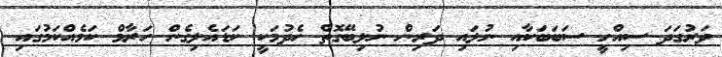
ވަރުގަދަ ސިއްހީ ސަބަބަކާއި ނުލައި ދަރިން ނުލިބޭގޮތް ހެދުމަކީ ކަޑައެލިގެން ހަރާމް ކަމެއްކަމުގައި